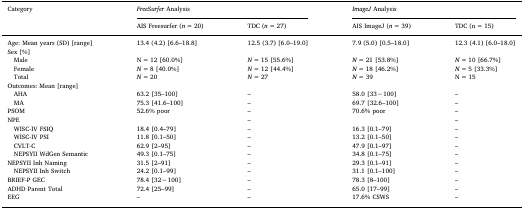
<table><thead><tr><td rowspan="2"><b>Category</b></td><td colspan="2"><b><i>FreeSurfer</i> Analysis</b></td><td colspan="2"><b><i>ImageJ</i> Analysis</b></td></tr><tr><td><b>AIS Freesurfer (<i>n</i> = 20)</b></td><td><b>TDC (<i>n</i> = 27)</b></td><td><b>AIS ImageJ (<i>n</i> = 39)</b></td><td><b>TDC (n = 15)</b></td></tr></thead><tbody><tr><td>Age: Mean years (SD) [range]</td><td>13.4 (4.2) [6.6–18.8]</td><td>12.5 (3.7) [6.0–19.0]</td><td>7.9 (5.0) [0.5–18.0]</td><td>12.3 (4.1) [6.0–18.0]</td></tr><tr><td>Sex [%]</td><td></td><td></td><td></td><td></td></tr><tr><td> Male</td><td>N = 12 [60.0%]</td><td><i>N</i> = 15 [55.6%]</td><td><i>N</i> = 21 [53.8%]</td><td><i>N</i> = 10 [66.7%]</td></tr><tr><td> Female</td><td><i>N</i> = 8 [40.0%]</td><td><i>N</i> = 12 [44.4%]</td><td><i>N</i> = 18 [46.2%]</td><td><i>N</i> = 5 [33.3%]</td></tr><tr><td> Total</td><td><i>N</i> = 20</td><td><i>N</i> = 27</td><td><i>N</i> = 39</td><td>N = 15</td></tr><tr><td>Outcomes: Mean [range]</td><td></td><td></td><td></td><td></td></tr><tr><td> AHA</td><td>63.2 [35–100]</td><td>–</td><td>58.0 [33−100]</td><td>–</td></tr><tr><td> MA</td><td>75.3 [41.6–100]</td><td>–</td><td>69.7 [32.6–100]</td><td>–</td></tr><tr><td>PSOM</td><td>52.6% poor</td><td>–</td><td>70.6% poor</td><td>–</td></tr><tr><td>NPE</td><td></td><td>–</td><td></td><td>–</td></tr><tr><td> WISC-IV FSIQ</td><td>18.4 [0.4–79]</td><td>–</td><td>16.3 [0.1–79]</td><td>–</td></tr><tr><td> WISC-IV PSI</td><td>11.8 [0.1–50]</td><td>–</td><td>13.2 [0.1–50]</td><td>–</td></tr><tr><td> CVLT-C</td><td>62.9 [2–95]</td><td>–</td><td>47.9 [0.1–97]</td><td>–</td></tr><tr><td> NEPSYII WdGen Semantic</td><td>49.3 [0.1–75]</td><td>–</td><td>34.8 [0.1–75]</td><td>–</td></tr><tr><td>NEPSYII Inh Naming</td><td>31.5 [2–91]</td><td>–</td><td>29.3 [0.1–91]</td><td>–</td></tr><tr><td> NEPSYII Inh Switch</td><td>24.2 [0.1–99]</td><td>–</td><td>31.1 [0.1–100]</td><td>–</td></tr><tr><td>BRIEF-P GEC</td><td>78.4 [32−100]</td><td>–</td><td>78.3 [8–100]</td><td>–</td></tr><tr><td>ADHD Parent Total</td><td>72.4 [25–99]</td><td>–</td><td>65.0 [17–99]</td><td>–</td></tr><tr><td>EEG</td><td>–</td><td>–</td><td>17.6% CSWS</td><td>–</td></tr></tbody></table>